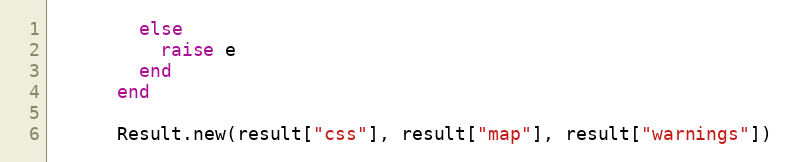
Language: Ruby
        else
          raise e
        end
      end

      Result.new(result["css"], result["map"], result["warnings"])